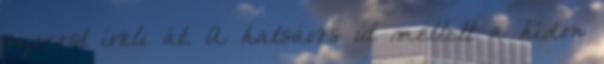
szorost íveli át. A hatsávos út mellett a hídon